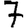
Digit: 7